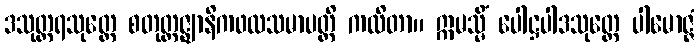
ဒသုတ္တရသုတ္တေ စတုတ္ထဇ္ဈာနိကဖလသမာပတ္တိ ကထိတာ။ ဣမသ္မိံ ပေါဋ္ဌပါဒသုတ္တေ ပါမောဇ္ဇံ